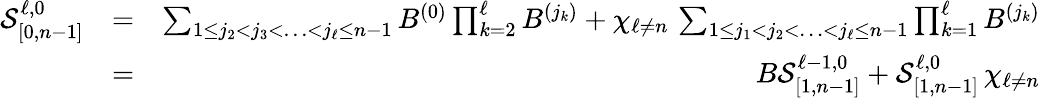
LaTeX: \begin{array}{rlr}{\mathcal{S}_{[0,n-1]}^{\ell,0}}&{=}&{\sum_{1\leq j_{2}<j_{3}<\ldots<j_{\ell}\leq n-1}B^{(0)}\prod_{k=2}^{\ell}B^{(j_{k})}+\chi_{\ell\neq n}\, \sum_{1\leq j_{1}<j_{2}<\ldots<j_{\ell}\leq n-1}\prod_{k=1}^{\ell}B^{(j_{k})}}\\ &{=}&{B\mathcal{S}_{[1,n-1]}^{\ell-1,0}+\mathcal{S}_{[1,n-1]}^{\ell,0}\, \chi_{\ell\neq n}}\end{array}